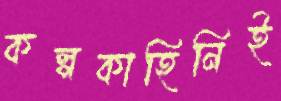
কল্পকাহিনিই